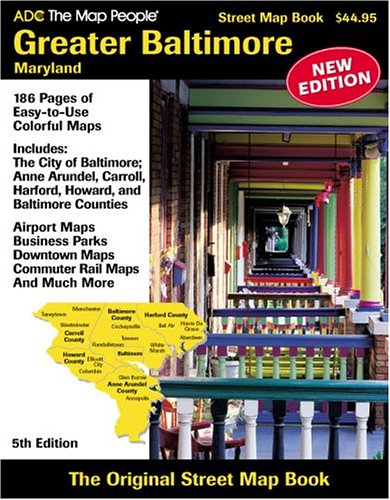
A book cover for ADC The Map People Greater Baltimore, Maryland: Street Map Book; Travel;